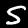
Digit: 5